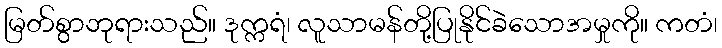
မြတ်စွာဘုရားသည်။ ဒုက္ကရံ၊ လူသာမန်တို့ပြုနိုင်ခဲသောအမှုကို။ ကတံ၊